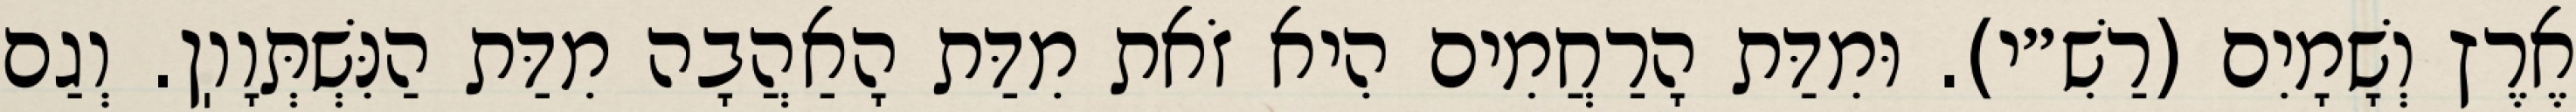
אֶרֶץ וְשָׁמָיִם (רַשִׁ״י). וּמִדַּת הָרַחֲמִים הִיא זֹאת מִדַּת הָאַהֲבָה מִדַּת הַנִּשְׁתְּוָוֽן. וְגַם